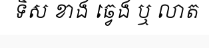
ទិស ខាង ឆ្វេង ឬ លាត